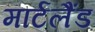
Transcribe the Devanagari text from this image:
मार्टलैंड